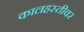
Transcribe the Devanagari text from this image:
कालहस्तीवर